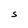
Character: S